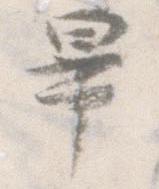
畢